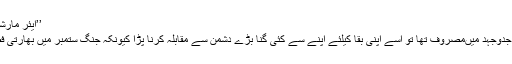
’’ایئر مارشل نور خان‘‘ پاک فضائیہ کی عظمت کانشان - jang news
1965ء میں جب پاکستان معاشی طور پر مستحکم ہونے کی جدوجہد میںمصروف تھا تو اسے اپنی بقا کیلئے اپنے سے کئی گنا بڑے دشمن سے مقابلہ کرنا پڑا کیونکہ جنگ ستمبر میں بھارتی فضائیہ کو عددی اور تکنیکی ہر لحاظ سے برتری حاصل تھی۔